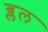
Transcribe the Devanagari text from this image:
ब्लल